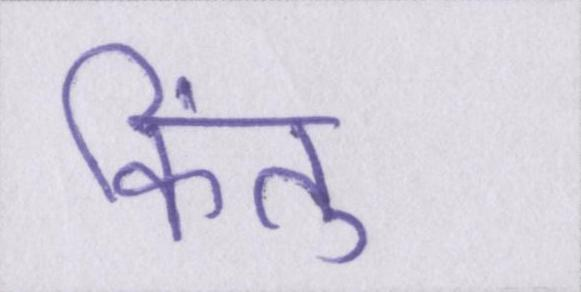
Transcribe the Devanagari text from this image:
किंतु